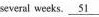
several weeks.\underline{51}